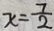
x = \frac { 7 } { 2 }